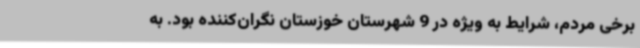
برخی مردم، شرایط به ویژه در 9 شهرستان خوزستان نگران‌کننده بود. به